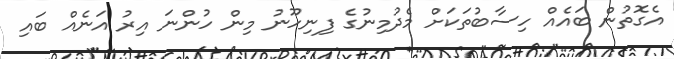
އެގޮތުން ބައެއް ހިސާބުތަކަށް މެދުމިނުގެ ފިނިހޫނު މިން ހުންނަ އިރު އަނެއް ބައި